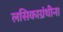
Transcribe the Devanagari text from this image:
लसिकाग्रंथीना